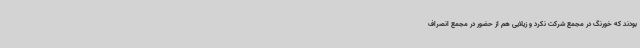
بودند که خورنگ در مجمع شرکت نکرد و زیلایی هم از حضور در مجمع انصراف